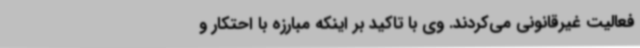
فعالیت غیرقانونی می‌کردند. وی با تاکید بر اینکه مبارزه با احتکار و